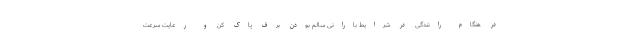
در هنگام رانندگی در شرایط بارانی سالم بودن برف پاک کن و رعایت سرعت